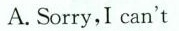
A.Sorry,I can't